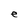
Character: e